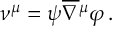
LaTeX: \nu ^ { \mu } = \psi \overline { { \nabla } } { ^ \mu } \varphi \, .